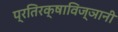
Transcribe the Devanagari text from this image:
प्रतिरक्षाविज्ञानी